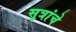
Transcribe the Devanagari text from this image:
सुत्रांचे